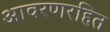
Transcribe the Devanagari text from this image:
आवरणरहित